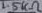
Text: 1.5kΩ